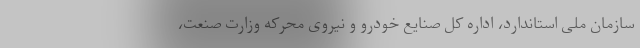
سازمان ملی استاندارد، اداره کل صنایع خودرو و نیروی محرکه وزارت صنعت،